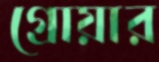
গ্রোয়ার